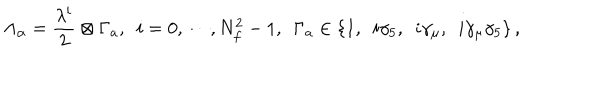
\Lambda _ { \alpha } = { \frac { \lambda ^ { i } } { 2 } } \otimes \Gamma _ { a } , ~ ~ i = 0 , \cdots , N _ { f } ^ { 2 } - 1 , ~ ~ \Gamma _ { a } \in \{ 1 , ~ ~ i \gamma _ { 5 } , ~ ~ i \gamma _ { \mu } , ~ ~ i \gamma _ { \mu } \gamma _ { 5 } \} \, ,